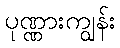
ပုဏ္ဏားကျွန်း